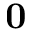
{ \bf 0 }